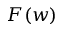
F ( w )